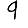
Digit: 9